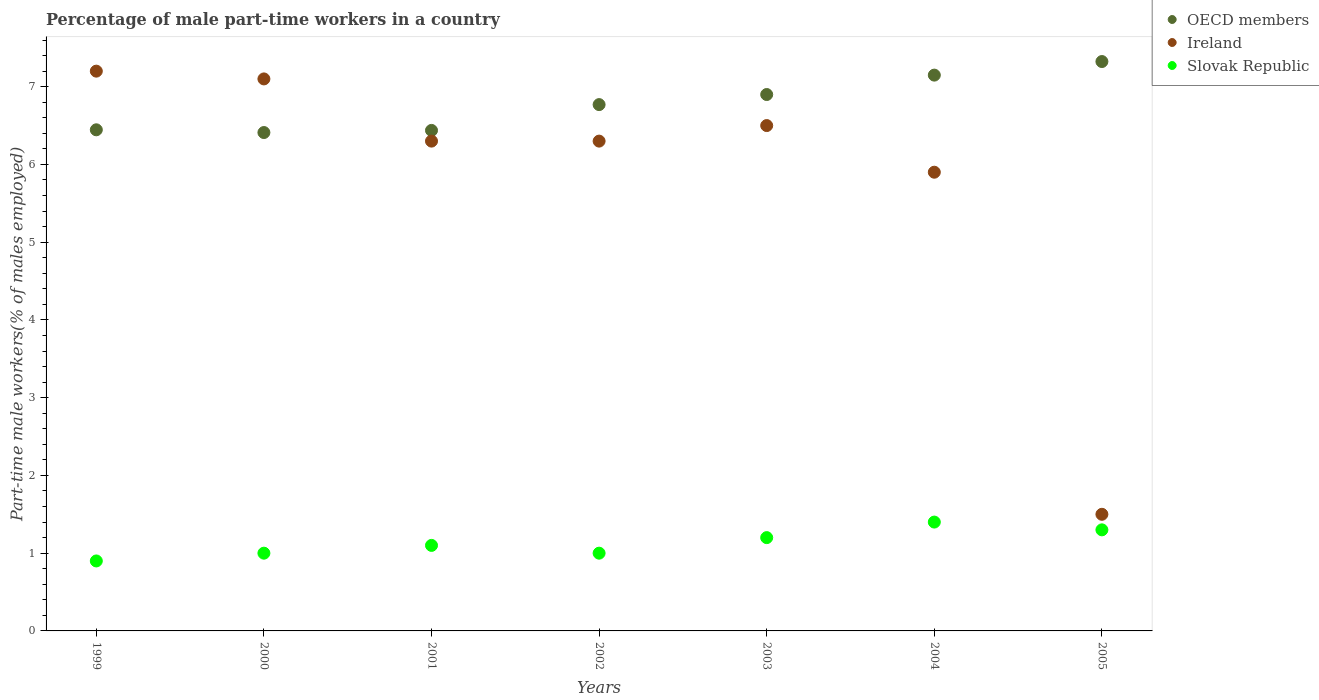
| Years | OECD members | Ireland | Slovak Republic |
 | --- | --- | --- | --- |
 | 1999 | 6.45 | 7.2 | 0.9 |
 | 2000 | 6.41 | 7.1 | 1 |
 | 2001 | 6.44 | 6.3 | 1.1 |
 | 2002 | 6.77 | 6.3 | 1 |
 | 2003 | 6.9 | 6.5 | 1.2 |
 | 2004 | 7.15 | 5.9 | 1.4 |
 | 2005 | 7.32 | 1.5 | 1.3 |